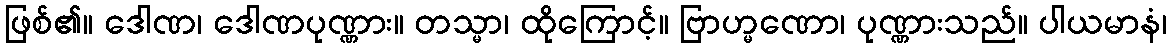
ဖြစ်၏။ ဒေါဏ၊ ဒေါဏပုဏ္ဏား။ တသ္မာ၊ ထိုကြောင့်။ ဗြာဟ္မဏော၊ ပုဏ္ဏားသည်။ ပါယမာနံ၊